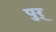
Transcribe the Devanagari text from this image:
पुर्